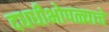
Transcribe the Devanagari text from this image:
दधधीभोपळ्याचे